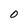
Character: 0